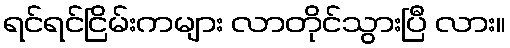
ရင်ရင်ငြိမ်းကများ လာတိုင်သွားပြီ လား။